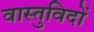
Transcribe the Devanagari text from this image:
वास्‍तुविदों